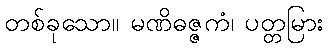
တစ်ခုသော။ မဏိဓဇ္ဇကံ၊ ပတ္တမြား